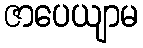
ဇာပေယျာမ